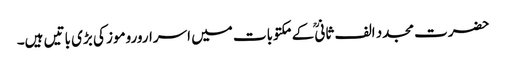
حضرت مجدد الف ثانیؒ کے مکتوبات میں اسراروروموز کی بڑی باتیں ہیں۔